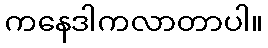
ကနေဒါကလာတာပါ။